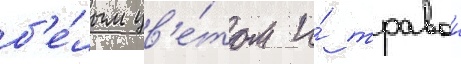
б'е́лым цв'е́том и́ травои